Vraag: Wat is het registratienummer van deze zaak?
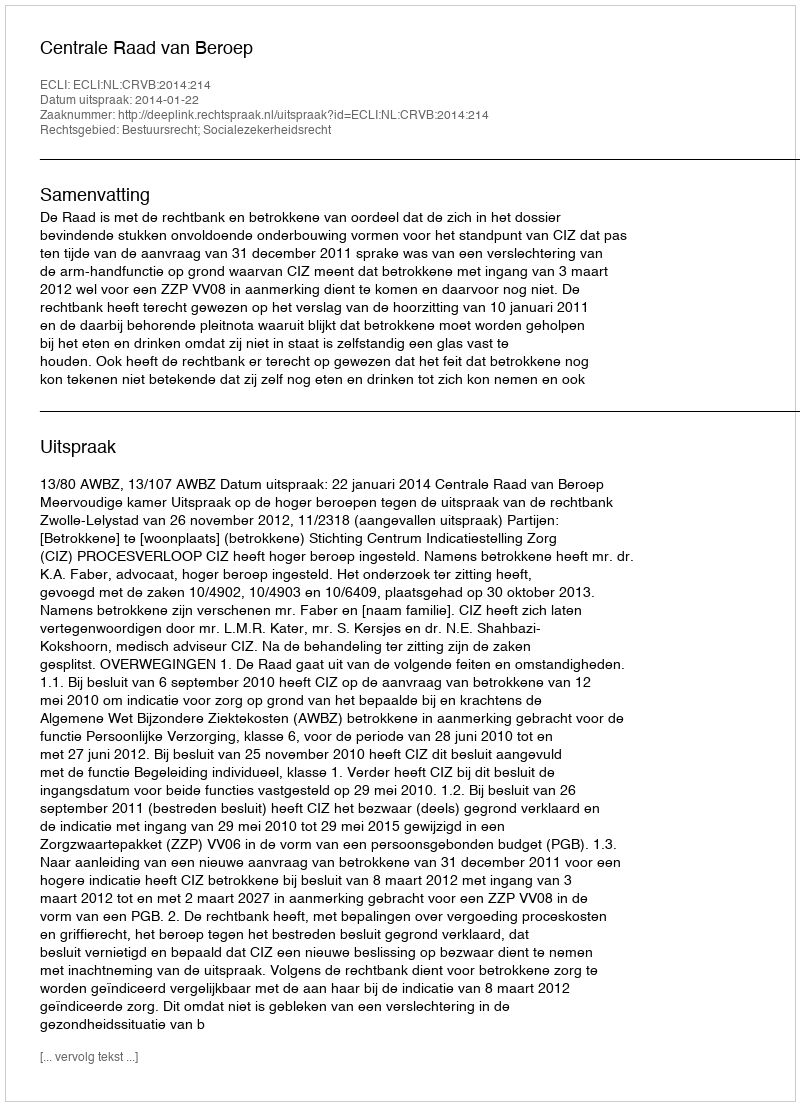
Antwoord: http://deeplink.rechtspraak.nl/uitspraak?id=ECLI:NL:CRVB:2014:214